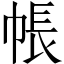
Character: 帳